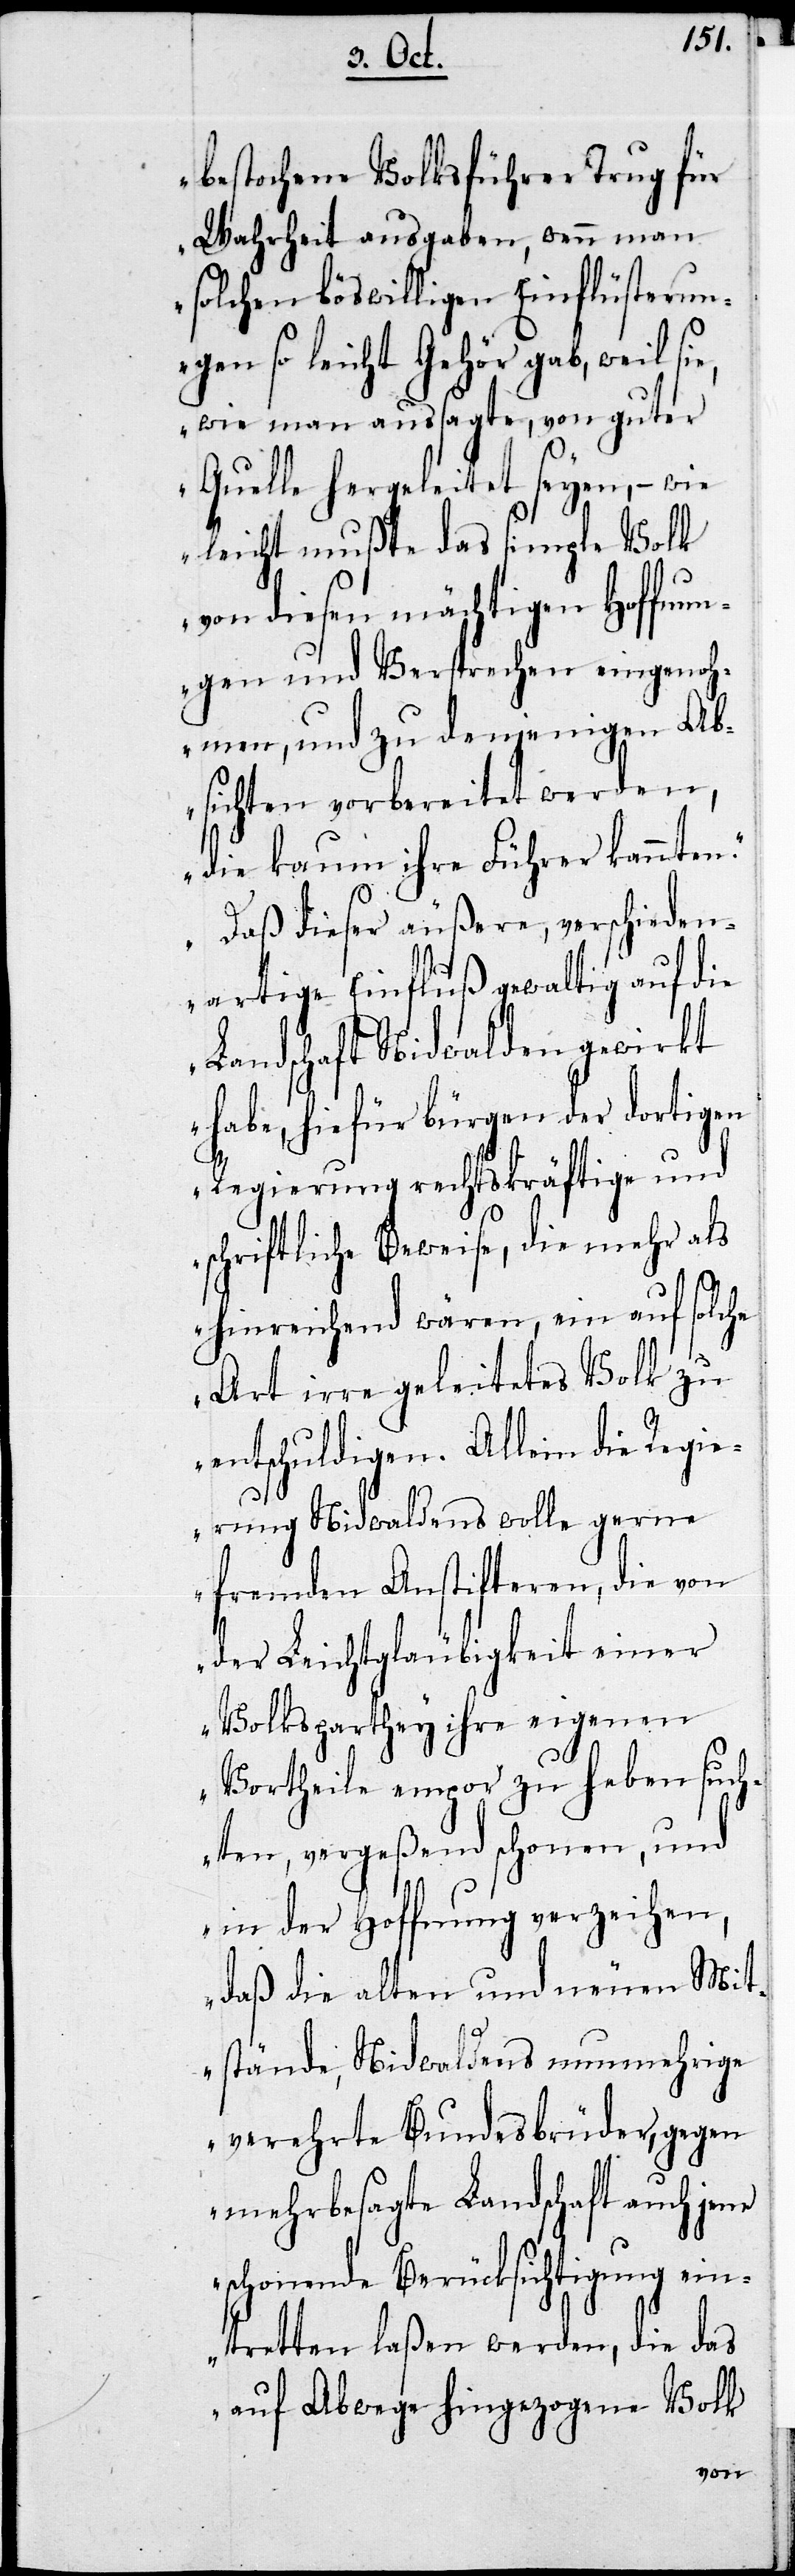
bestochene Volksführer Trug für
Wahrheit ausgaben, wenn man
solchen böswilligen Einflüsterun¬
gen so leicht Gehör gab, weil si¬
e, wie man aussagte, von guter
Quelle hergeleitet seyen, – wie
leicht mußte das simple Volk
von diesen mächtigen Hoffnun¬
gen und Versprechen eingenoh¬
men, und zu denjenigen Ab¬
sichten vorbereitet werden,
die kaum ihre Führer kannten.
Daß dieser äußere, verschieden¬
artige Einfluß gewaltig auf die
Landschaft Nidwalden gewirkt
habe, hiefür bürgen der dortigen
Regierung rechtskräftige und
schriftliche Beweise, die mehr als
hinreichend wären, ein auf solche
Art irre geleitetes Volk zu
entschuldigen. Allein die Regie¬
rung Nidwalden wolle gerne
fremden Anstifteren, die von
der Leichtgläubigkeit einer
Volksparthey ihre eigenen
Vortheile empor zu heben such¬
ten, vergeßend schonen, und
in der Hoffnung verzeihen,
daß die alten und neuen Mit¬
stände, Nidwaldens nunmehrige
verehrte Bundesbrüder, gegen
mehrbesagte Landschaft auch jene
schonende Berücksichtigung ein¬
tretten laßen werden, die das
auf Abwege hingezogene Volk